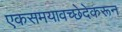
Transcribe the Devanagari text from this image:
एकसमयावच्छेदेकरून